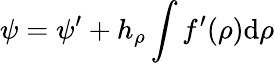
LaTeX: \psi=\psi^{\prime}+h_{\rho}\int f^{\prime}(\rho)\mathrm{d}\rho